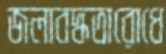
জলাবদ্ধতারোধে